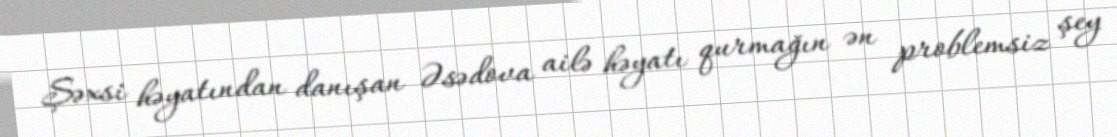
Şəxsi həyatından danışan Əsədova ailə həyatı qurmağın ən problemsiz şey